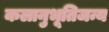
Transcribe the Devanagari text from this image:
कलानुभूतिजन्य